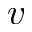
v